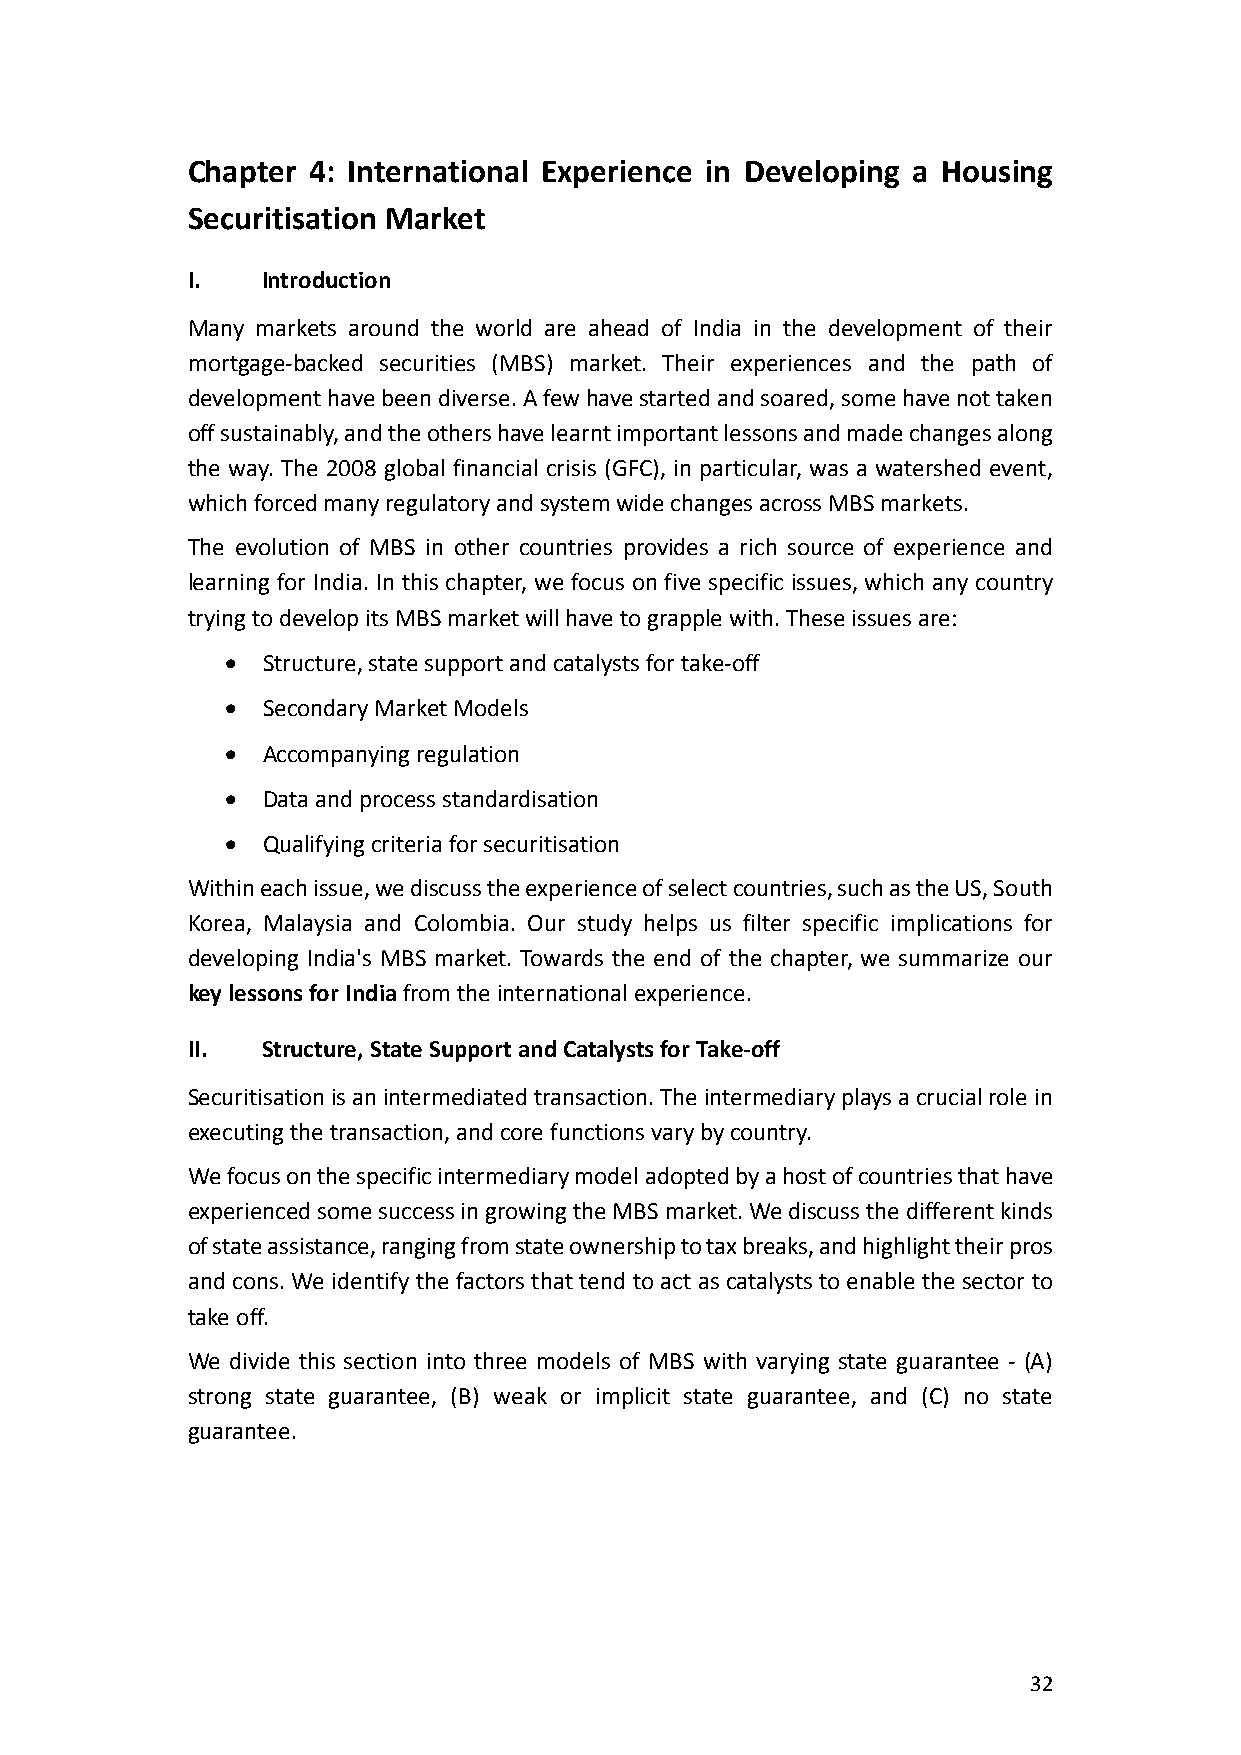
Chapter 4: International Experience in Developing a Housing
 Securitisation Market
 I.   Introduction
 Many markets around the world are ahead of India in the development of their
 mortgage-backed securities (MBS) market. Their experiences and the path of
 development have been diverse. A few have started and soared, some have not taken
 off sustainably, and the others have learnt important lessons and made changes along
 the way. The 2008 global financial crisis (GFC), in particular, was a watershed event,
 which forced many regulatory and system wide changes across MBS markets.
 The evolution of MBS in other countries provides a rich source of experience and
 learning for India. In this chapter, we focus on five specific issues, which any country
 trying to develop its MBS market will have to grapple with. These issues are:
 • Structure, state support and catalysts for take-off
 • Secondary Market Models
 • Accompanying regulation
 • Data and process standardisation
 • Qualifying criteria for securitisation
 Within each issue, we discuss the experience of select countries, such as the US, South
 Korea, Malaysia and Colombia. Our study helps us filter specific implications for
 developing India's MBS market. Towards the end of the chapter, we summarize our
 key lessons for India from the international experience.
 II.  Structure, State Support and Catalysts for Take-off
 Securitisation is an intermediated transaction. The intermediary plays a crucial role in
 executing the transaction, and core functions vary by country.
 We focus on the specific intermediary model adopted by a host of countries that have
 experienced some success in growing the MBS market. We discuss the different kinds
 of state assistance, ranging from state ownership to tax breaks, and highlight their pros
 and cons. We identify the factors that tend to act as catalysts to enable the sector to
 take off.
 We divide this section into three models of MBS with varying state guarantee - (A)
 strong state guarantee, (B) weak or implicit state guarantee, and (C) no state
 guarantee.
 32